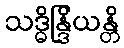
သဒ္ဓိန္ဒြိယန္တိ